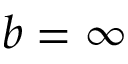
b = \infty